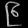
Digit: ၉